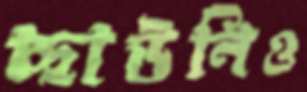
ছাউনিও